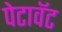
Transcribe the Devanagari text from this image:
पेटावॅट